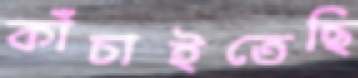
কাঁচাইতেছি